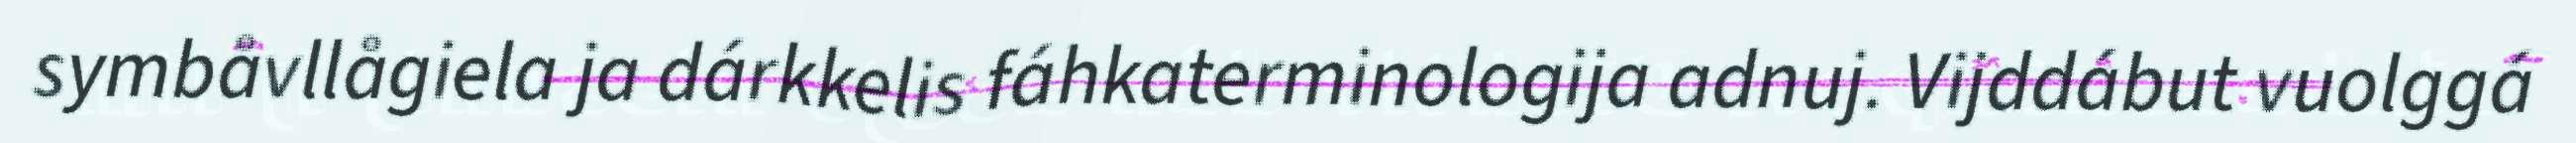
symbåvllågiela ja dárkkelis fáhkaterminologija adnuj. Vijddábut vuolggá